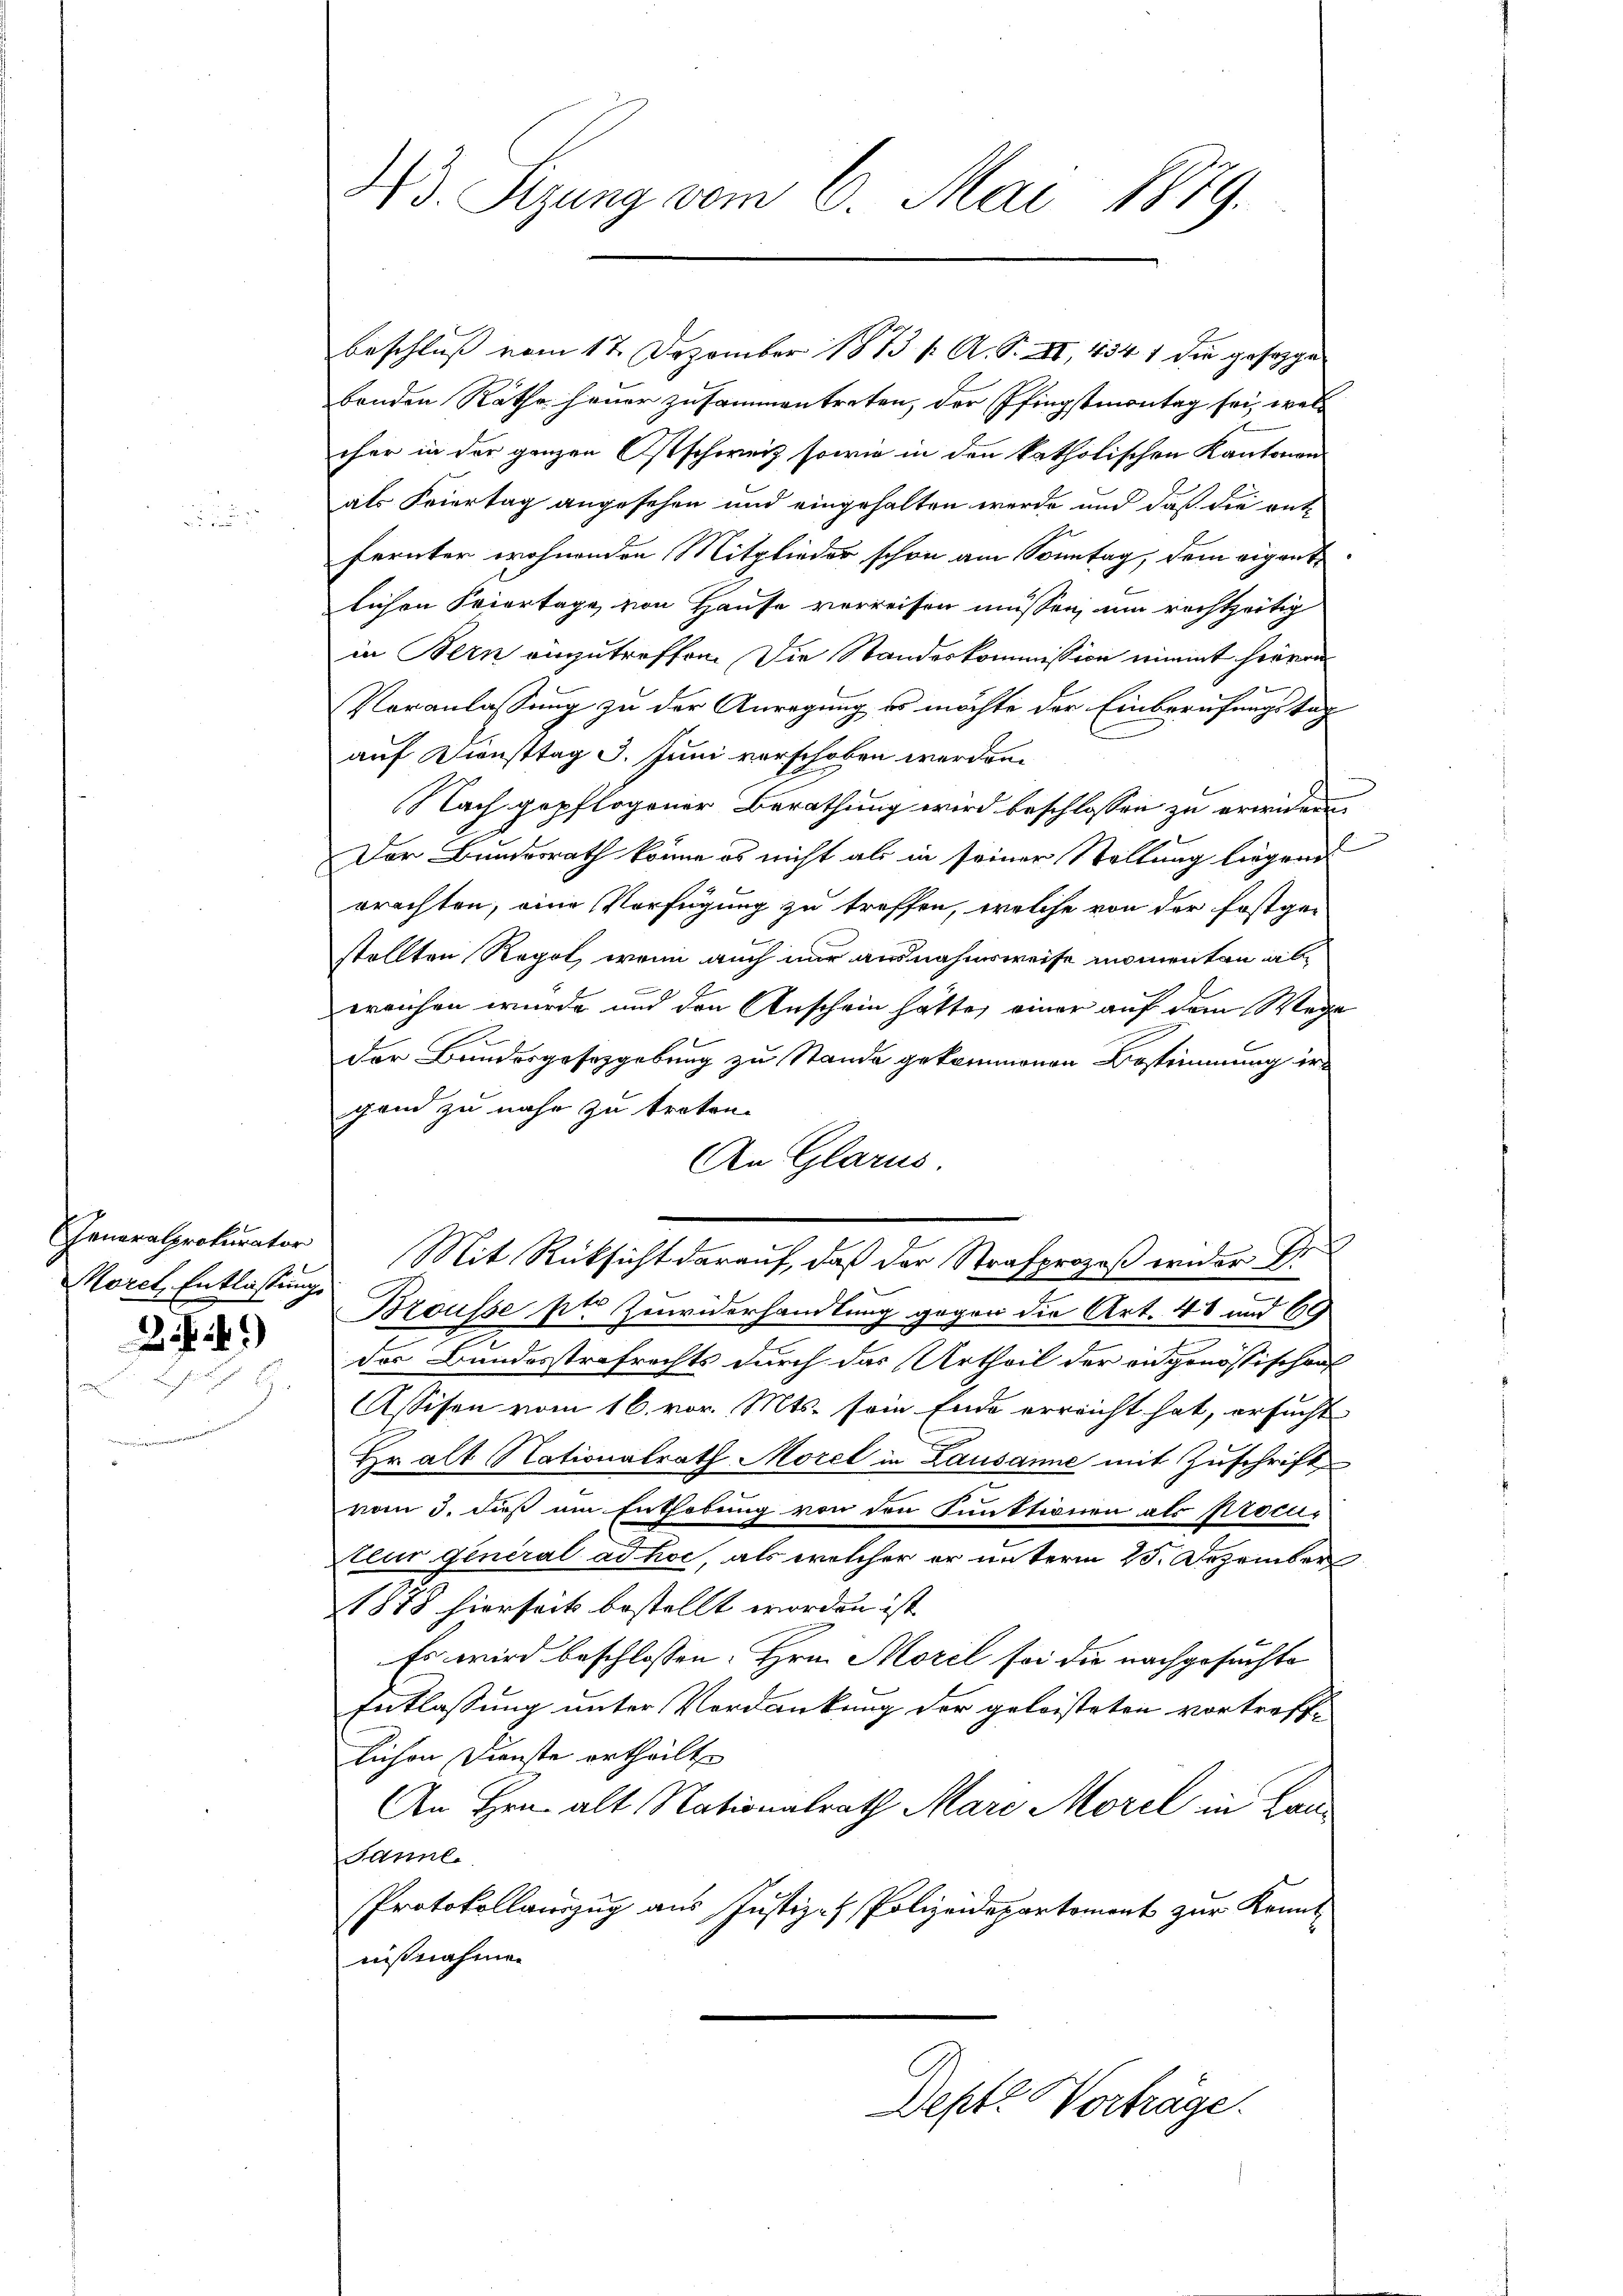
Morel, Entlassung

24.)

Ad. Sizung vom 6. Mai 1879.

benden Räthe heuer zusammentreten, der Pfingstmontag sei, welc
cher in der ganzen Ostschweiz sowie in den katholischen Kantonen
als Feiertag angesehen und eingehalten werde und daß die ent-
fernter wohnenden Mitglieder schon am Sonntag, dem eigent
lichen Feiertage von Hause verreisen müssen, um rechtzeitig
in Bern einzutreffen. Die Standeskommission nimmt hievon
Veranlassung zu der Anregung es möchte der Einberufungstag
auf Diensttag 3. Juni verschoben werden.
Nach gepflogener Berathung wird beschlossen zu erwidern
Der Bundesrath könne es nicht als in seiner Stellung liegend
rrachten, eine Verfügung zu treffen, welche von der festgestellten Regel, wenn auch nur ausnahmsweise momenten abereichen wurde und den Anschein hätte, einer auf dem Wege
der Bundesgesetzgebung zu Stande gekommenen Bestimmung irgand zu nahe zu treten.
An Glarus.
Generalprokurator Mit Rücksicht darauf, daß der Strafprozeß er der Pr
Brousse pl. Zuwiderhandlung gegen die Art. 48 und 69
des Bundesstrafrechts durch das Urtheil der angenössischen
Assisen vom 16. vor. Mts. sein Ende erreicht hat, ersucht
Hr. alt Nationalrath Morel in Lausanne mit Zuschrift
vom 3. dieß um Enthebung von den Punktionen als procu¬
Ateur General ad hoc, als welcher er unterm 25. Dezember
1878 hierseit bestellt worden ist
Es wird beschlossen: Hrn. Morel sei die nachgesuchte
Entlassung unter Verdankung der geleisteten vortrefflichen Dienste ertheilt
An Hrn. alt Nationalrath Mare Morel in Lan¬
Sannl
Protokollauszug aus Justiz- & Polizeidepartement zur Kennt
nißnahmen
Dept. Vorträge.

Beschluß vom 17. Dezember 1873 f. A. S. XI, 434 1 die gesegge